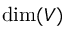
\dim ( V )